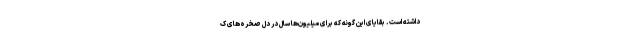
داشته است. بقایای این گونه که برای میلیون‌ها سال در دل صخره‌های ک